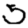
Digit: 5